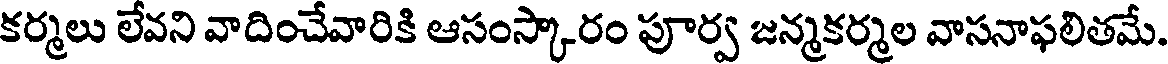
కర్మలు లేవని వాదించేవారికి ఆసంస్కారం పూర్వ జన్మకర్మల వాసనాఫలితమే.